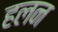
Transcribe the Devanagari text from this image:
हलन